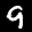
Label: 9